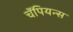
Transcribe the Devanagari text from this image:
चॅपियन्स